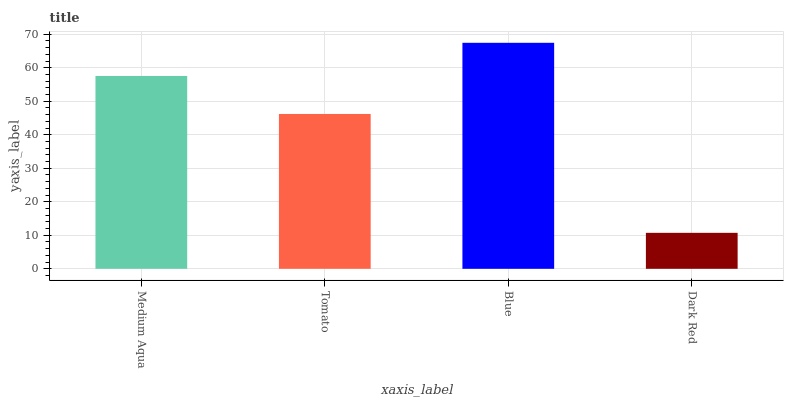
| xaxis_label | bars |
 | --- | --- |
 | Medium Aqua | 57.5 |
 | Tomato | 46.2 |
 | Blue | 67.4 |
 | Dark Red | 10.7 |